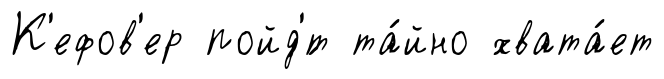
К'ефов'ер пойд'́т та́йно хвата́ет